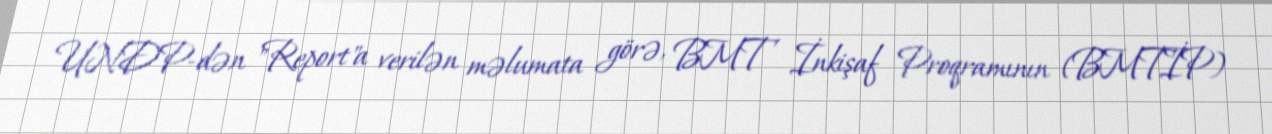
UNDP-dən "Report"a verilən məlumata görə, BMT İnkişaf Proqramının (BMTİP)